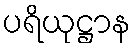
ပရိယုဋ္ဌာန